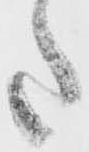
た